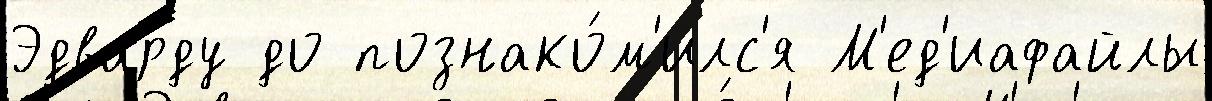
Эдварду до познако́м'илс'я М'ед'иафайлы